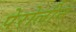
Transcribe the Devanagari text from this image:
पेरोलीन